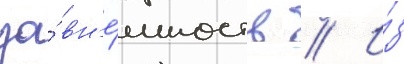
за́ вн'е́шность // И́з